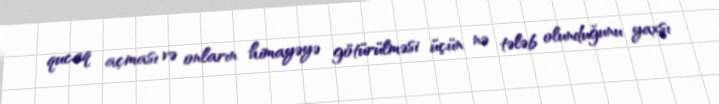
qucaq açması və onların himayəyə götürülməsi üçün nə tələb olunduğunu yaxşı